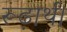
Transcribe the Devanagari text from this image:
रूढ़ार्थ।